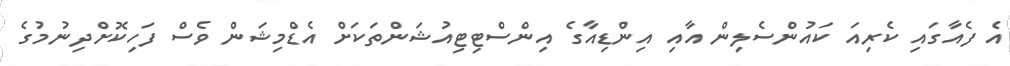
އެ ފެއާގައި ކެރިއަ ކައުންސެލިން އާއި އިންޑިއާގެ އިންސްޓިޓިއުޝަންތަކަށް އެޑްމިޝަން ވެސް ފަހިކޮށްދިނުމުގެ